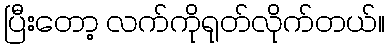
ပြီးတော့ လက်ကိုရုတ်လိုက်တယ်။